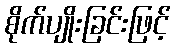
စိုက်ပျိုးခြင်းဖြင့်